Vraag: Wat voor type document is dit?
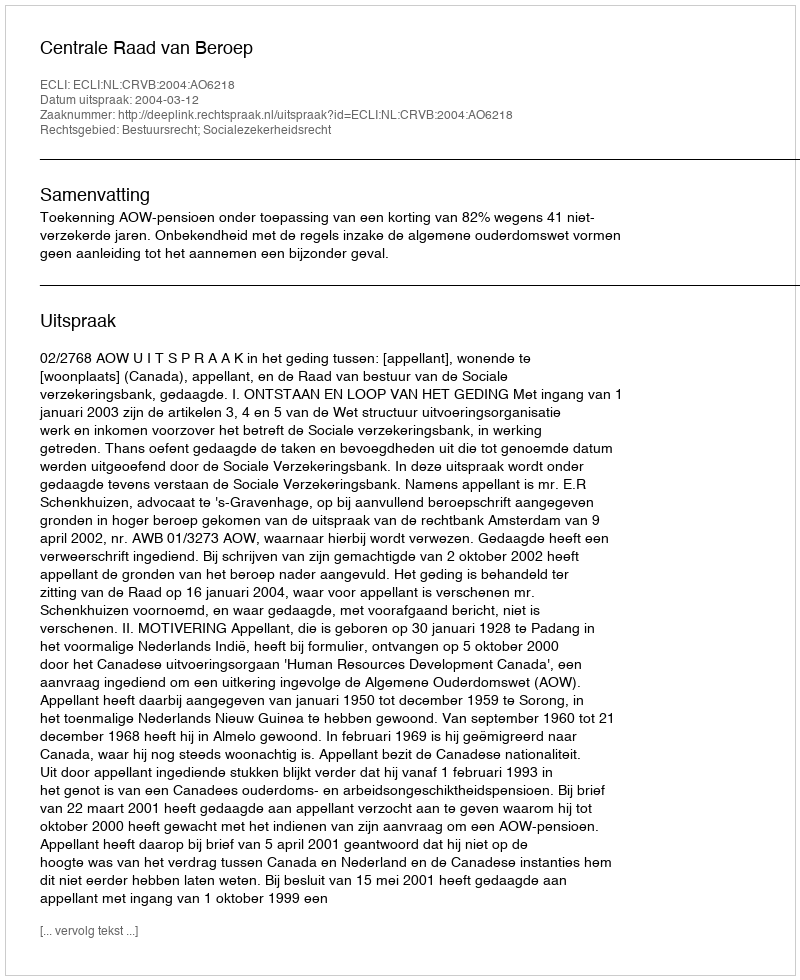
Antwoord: Uitspraak